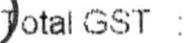
TOTAL GST :